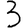
Digit: 3